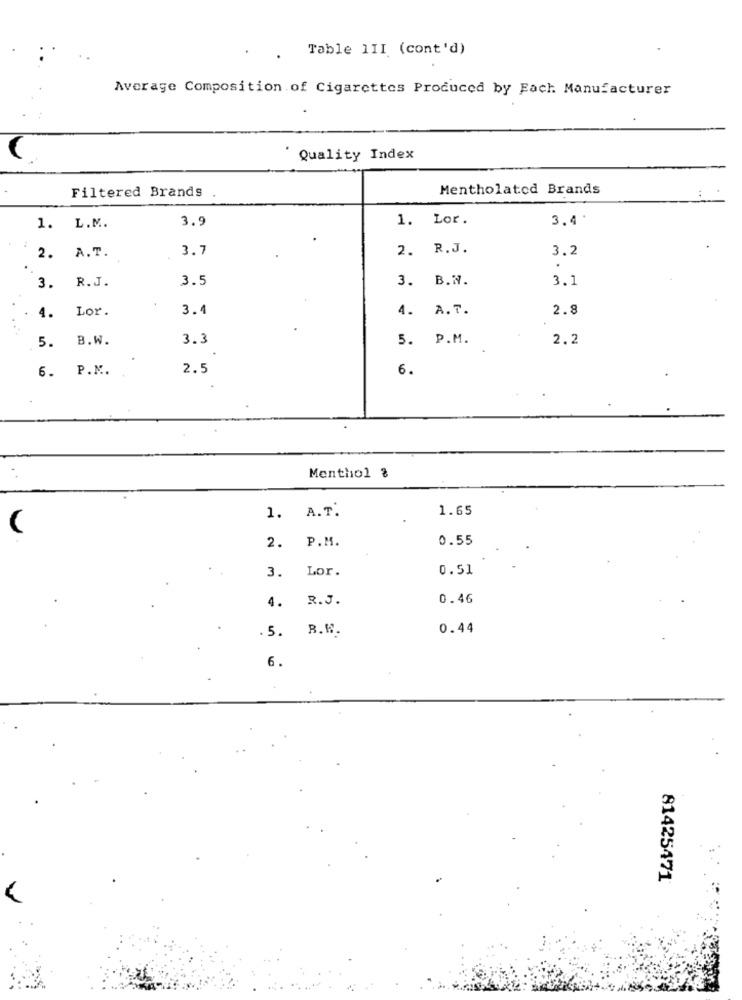
Table 1II (cont'd)
Average Composition of Cigarettes Produced by Each Manufacturer
Quality Index
Filtered Brands
Mentholated Brands
3.9
1. Lor.
3.4
1. L.M ..
2. A.T.
3.7
2. R.J.
3.2
3. R.J.
3.5
3. B.N.
3.1
Lor.
3.4
4. A.T.
2.8
4.
5. B.W.
3.3
5. P.M.
2.2
6. P.M.
2.5
6.
Menthol %
1. A.T.
1.65
0.55
2. P.M.
Lor.
0.51
3.
R.J.
0.46
4.
. 5. B.W.
0.44
6.
81425471